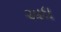
અધ